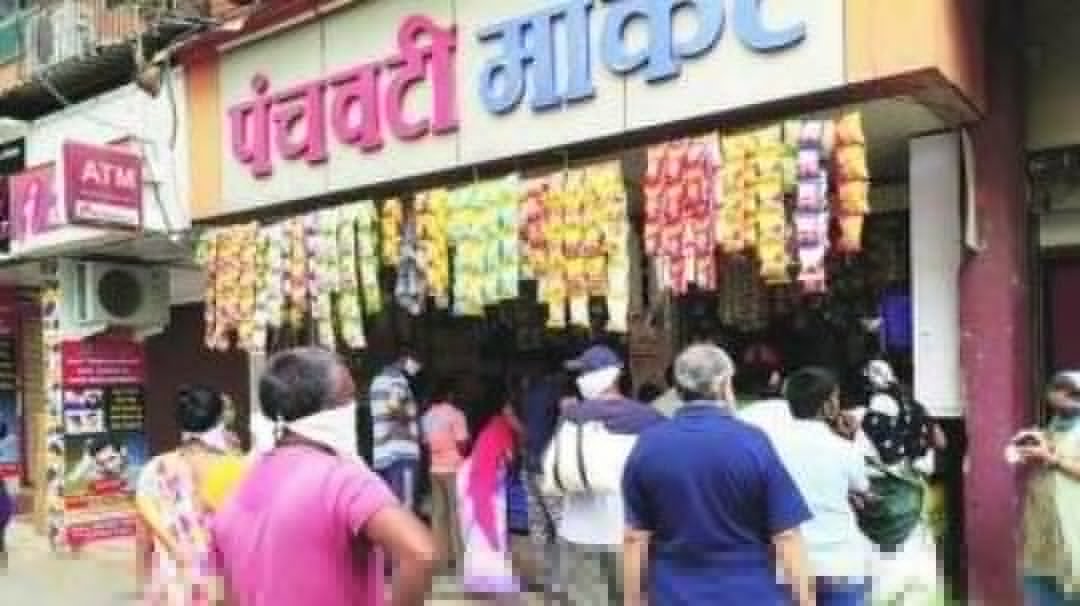
Language: marathi
Transcription: पंचवटी